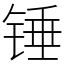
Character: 锤